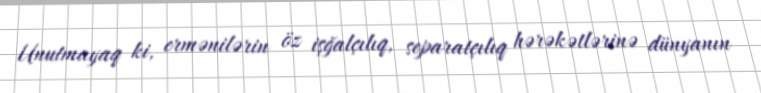
Unutmayaq ki, ermənilərin öz işğalçılıq, separatçılıq hərəkətlərinə dünyanın